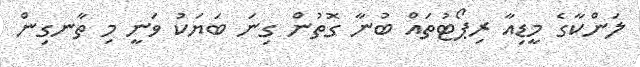
ލަންކާގެ މީޑިއާ ރިޕޯޓުތައް ބުނާ ގޮތުން ގިނަ ބަޔަކު ވަނީ މި ތާނގިން